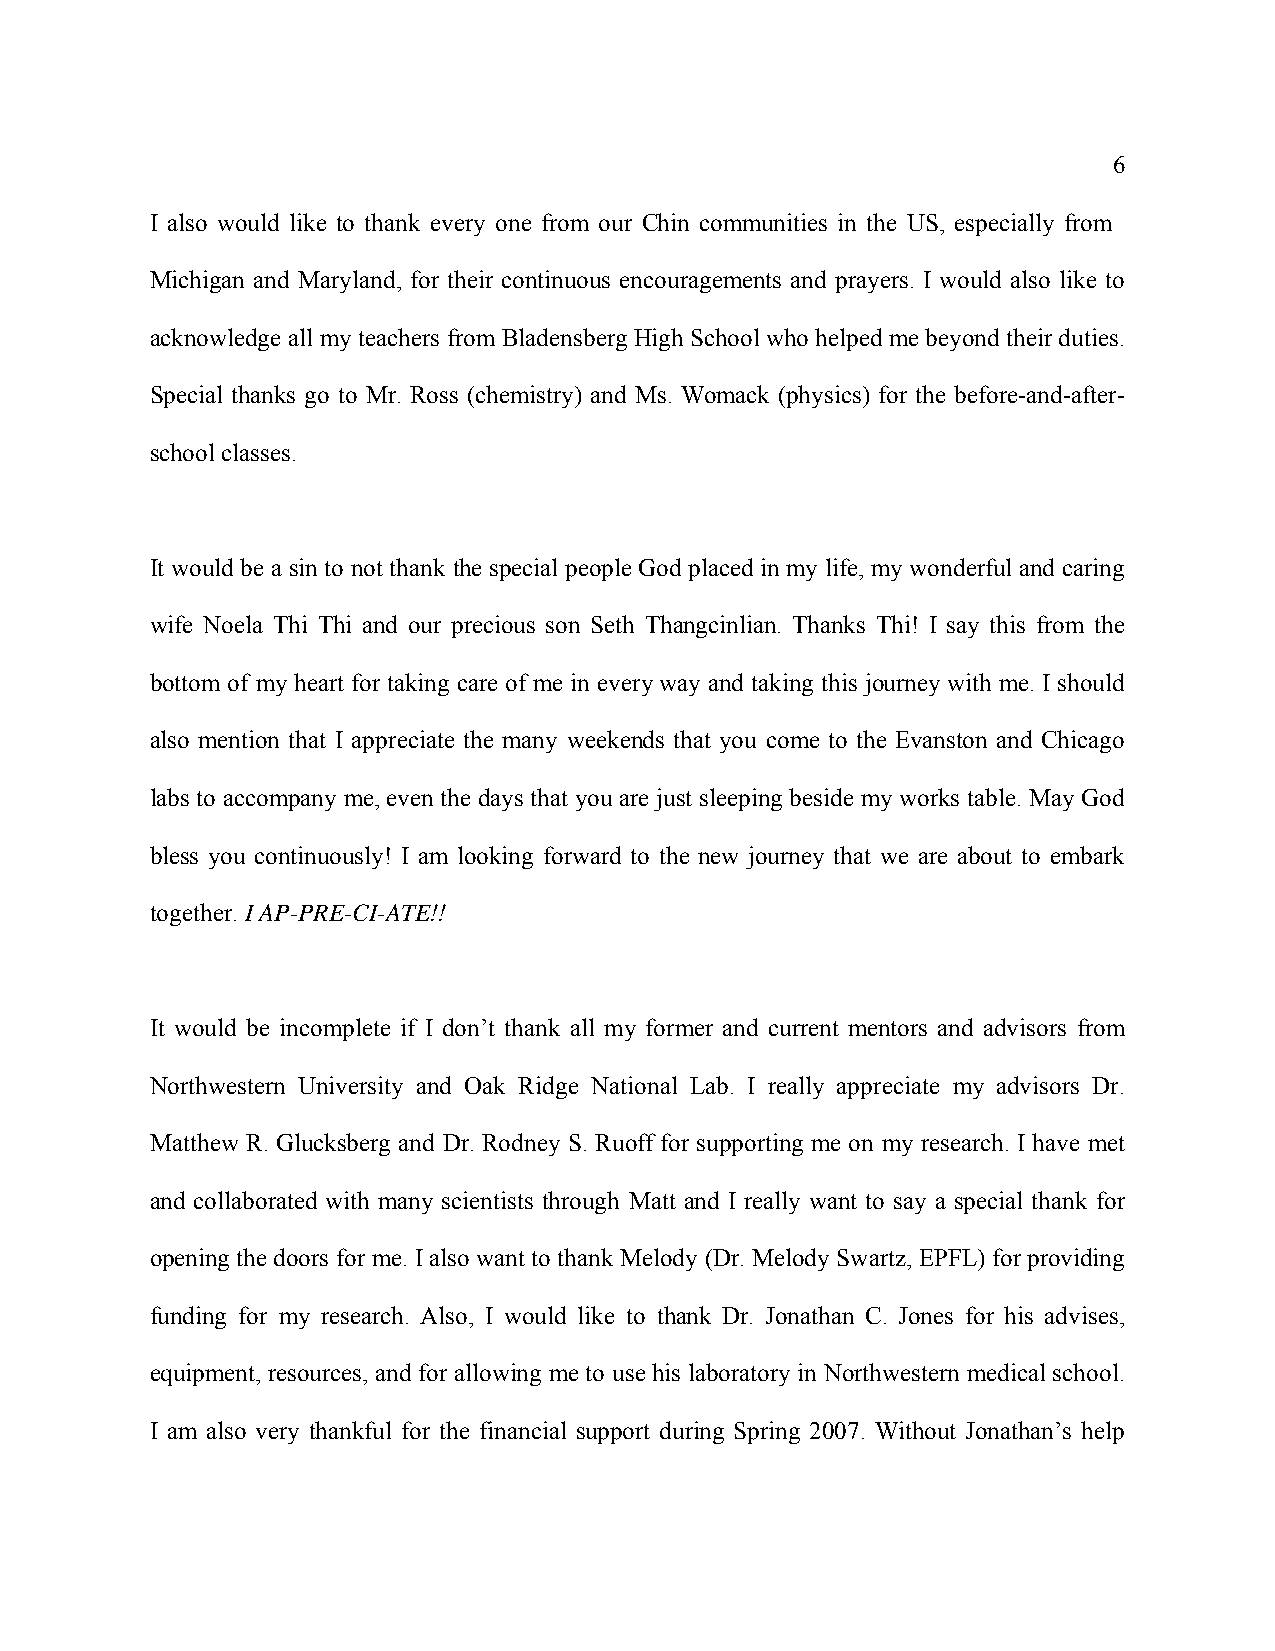
6
 I also would like to thank every one from our Chin communities in the US, especially from
 Michigan and Maryland, for their continuous encouragements and prayers. I would also like to
 acknowledge all my teachers from Bladensberg High School who helped me beyond their duties.
 Special thanks go to Mr. Ross (chemistry) and Ms. Womack (physics) for the before-and-after-
 school classes.
 It would be a sin to not thank the special people God placed in my life, my wonderful and caring
 wife Noela Thi Thi and our precious son Seth Thangcinlian. Thanks Thi! I say this from the
 bottom of my heart for taking care of me in every way and taking this journey with me. I should
 also mention that I appreciate the many weekends that you come to the Evanston and Chicago
 labs to accompany me, even the days that you are just sleeping beside my works table. May God
 bless you continuously! I am looking forward to the new journey that we are about to embark
 together. I AP-PRE-CI-ATE!!
 It would be incomplete if I don’t thank all my former and current mentors and advisors from
 Northwestern University and Oak Ridge National Lab. I really appreciate my advisors Dr.
 Matthew R. Glucksberg and Dr. Rodney S. Ruoff for supporting me on my research. I have met
 and collaborated with many scientists through Matt and I really want to say a special thank for
 opening the doors for me. I also want to thank Melody (Dr. Melody Swartz, EPFL) for providing
 funding for my research. Also, I would like to thank Dr. Jonathan C. Jones for his advises,
 equipment, resources, and for allowing me to use his laboratory in Northwestern medical school.
 I am also very thankful for the financial support during Spring 2007. Without Jonathan’s help